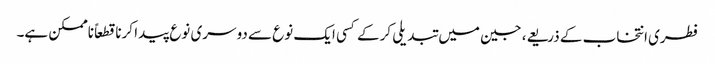
فطری انتخاب کے ذریعے، جین میں تبدیلی کرکے کسی ایک نوع سے دوسری نوع پیدا کرنا قطعاً ناممکن ہے۔